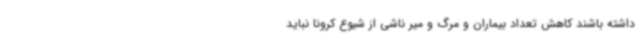
داشته باشند کاهش تعداد بیماران و مرگ و میر ناشی از شیوع کرونا نباید